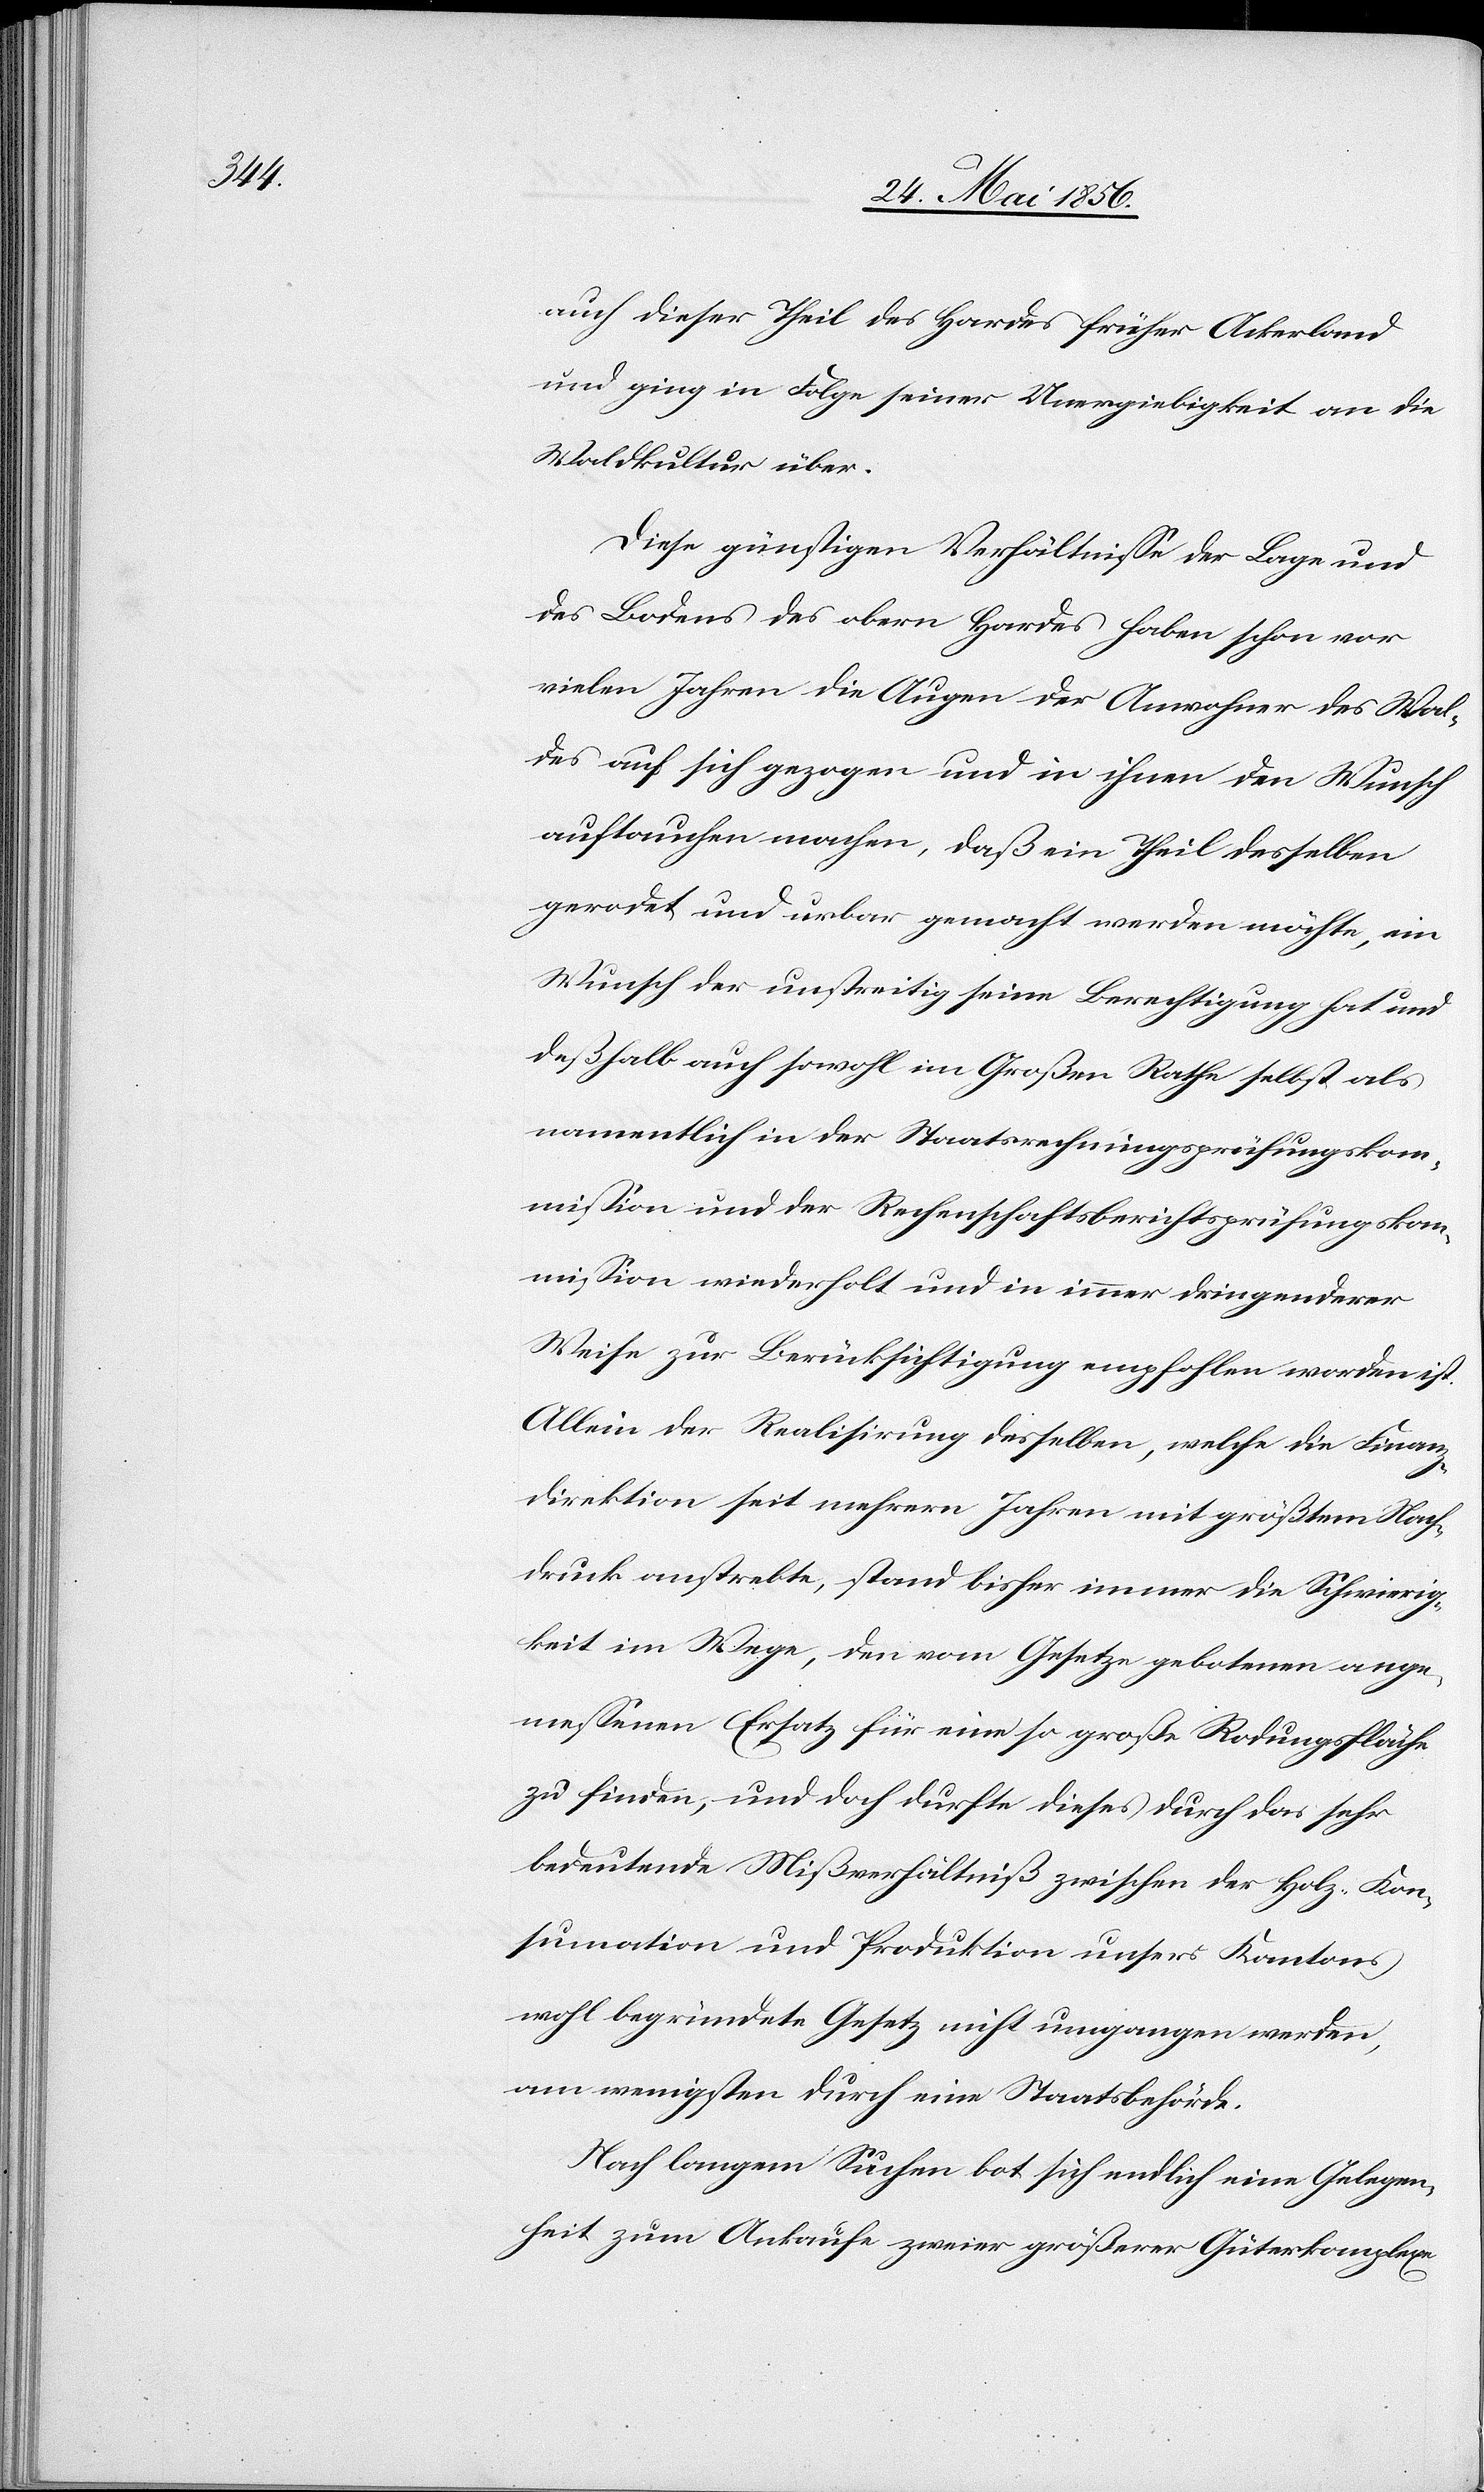
auch dieser Theil des Hardes früher Ackerland
und ging in Folge seiner Unergiebigkeit an die
Waldkultur über.
Diese günstigen Verhältnisse der Lage und
des Bodens des obern Hardes haben schon vor
vielen Jahren die Augen der Anwohner des Wal¬
des auf sich gezogen und in ihnen den Wunsch
auftauchen machen, daß ein Theil desselben
gerodet und urbar gemacht werden möchte, ein
Wunsch der unstreitig seine Berechtigung hat und
deßhalb auch sowohl im Großen Rathe selbst als
namentlich in der Staatsrechnungsprüfungskom¬
mission und der Rechenschaftsberichtsprüfungskom¬
mission wiederholt und in immer dringenderer
Weise zur Berücksichtigung empfohlen worden ist.
Allein der Realisirung desselben, welche die Finanz¬
direktion seit mehrern Jahren mit größtem Nach¬
druck anstrebte, stand bisher immer die Schwierig¬
keit im Wege, den vom Gesetze gebotenen ange¬
messenen Ersatz für eine so große Rodungsfläche
zu finden, und doch durfte dieses durch das sehr
bedeutende Mißverhältniß zwischen der Holz-Kon¬
sumation und Produktion unsers Kantons
wohl begründete Gesetz nicht umgangen werden,
am wenigsten durch eine Staatsbehörde.
Nach langem Suchen bot sich endlich eine Gelegen¬
heit zum Ankaufe zweier größerer Güterkomplexe